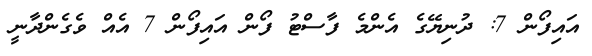
އައިފޯން 7: ދުނިޔޭގެ އެންމެ ފާސްޓު ފޯން އަައިފޯން 7 އެއް ވެގެންދާނީ